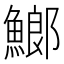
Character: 䱶